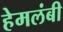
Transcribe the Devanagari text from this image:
हेमलंबी